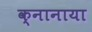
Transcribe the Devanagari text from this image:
क्नानाया